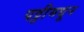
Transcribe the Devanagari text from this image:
पट्टीमधून